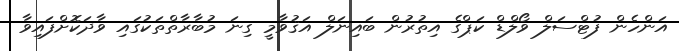
އަންހެން ފުޓްސަލް ވޯލްޑް ކަޕްގެ އިތުރުން ބައިނަލް އަޤުވާމީ ގިނަ މުބާރާތްތަކުގައި ވާދަކޮށްފައިވާ